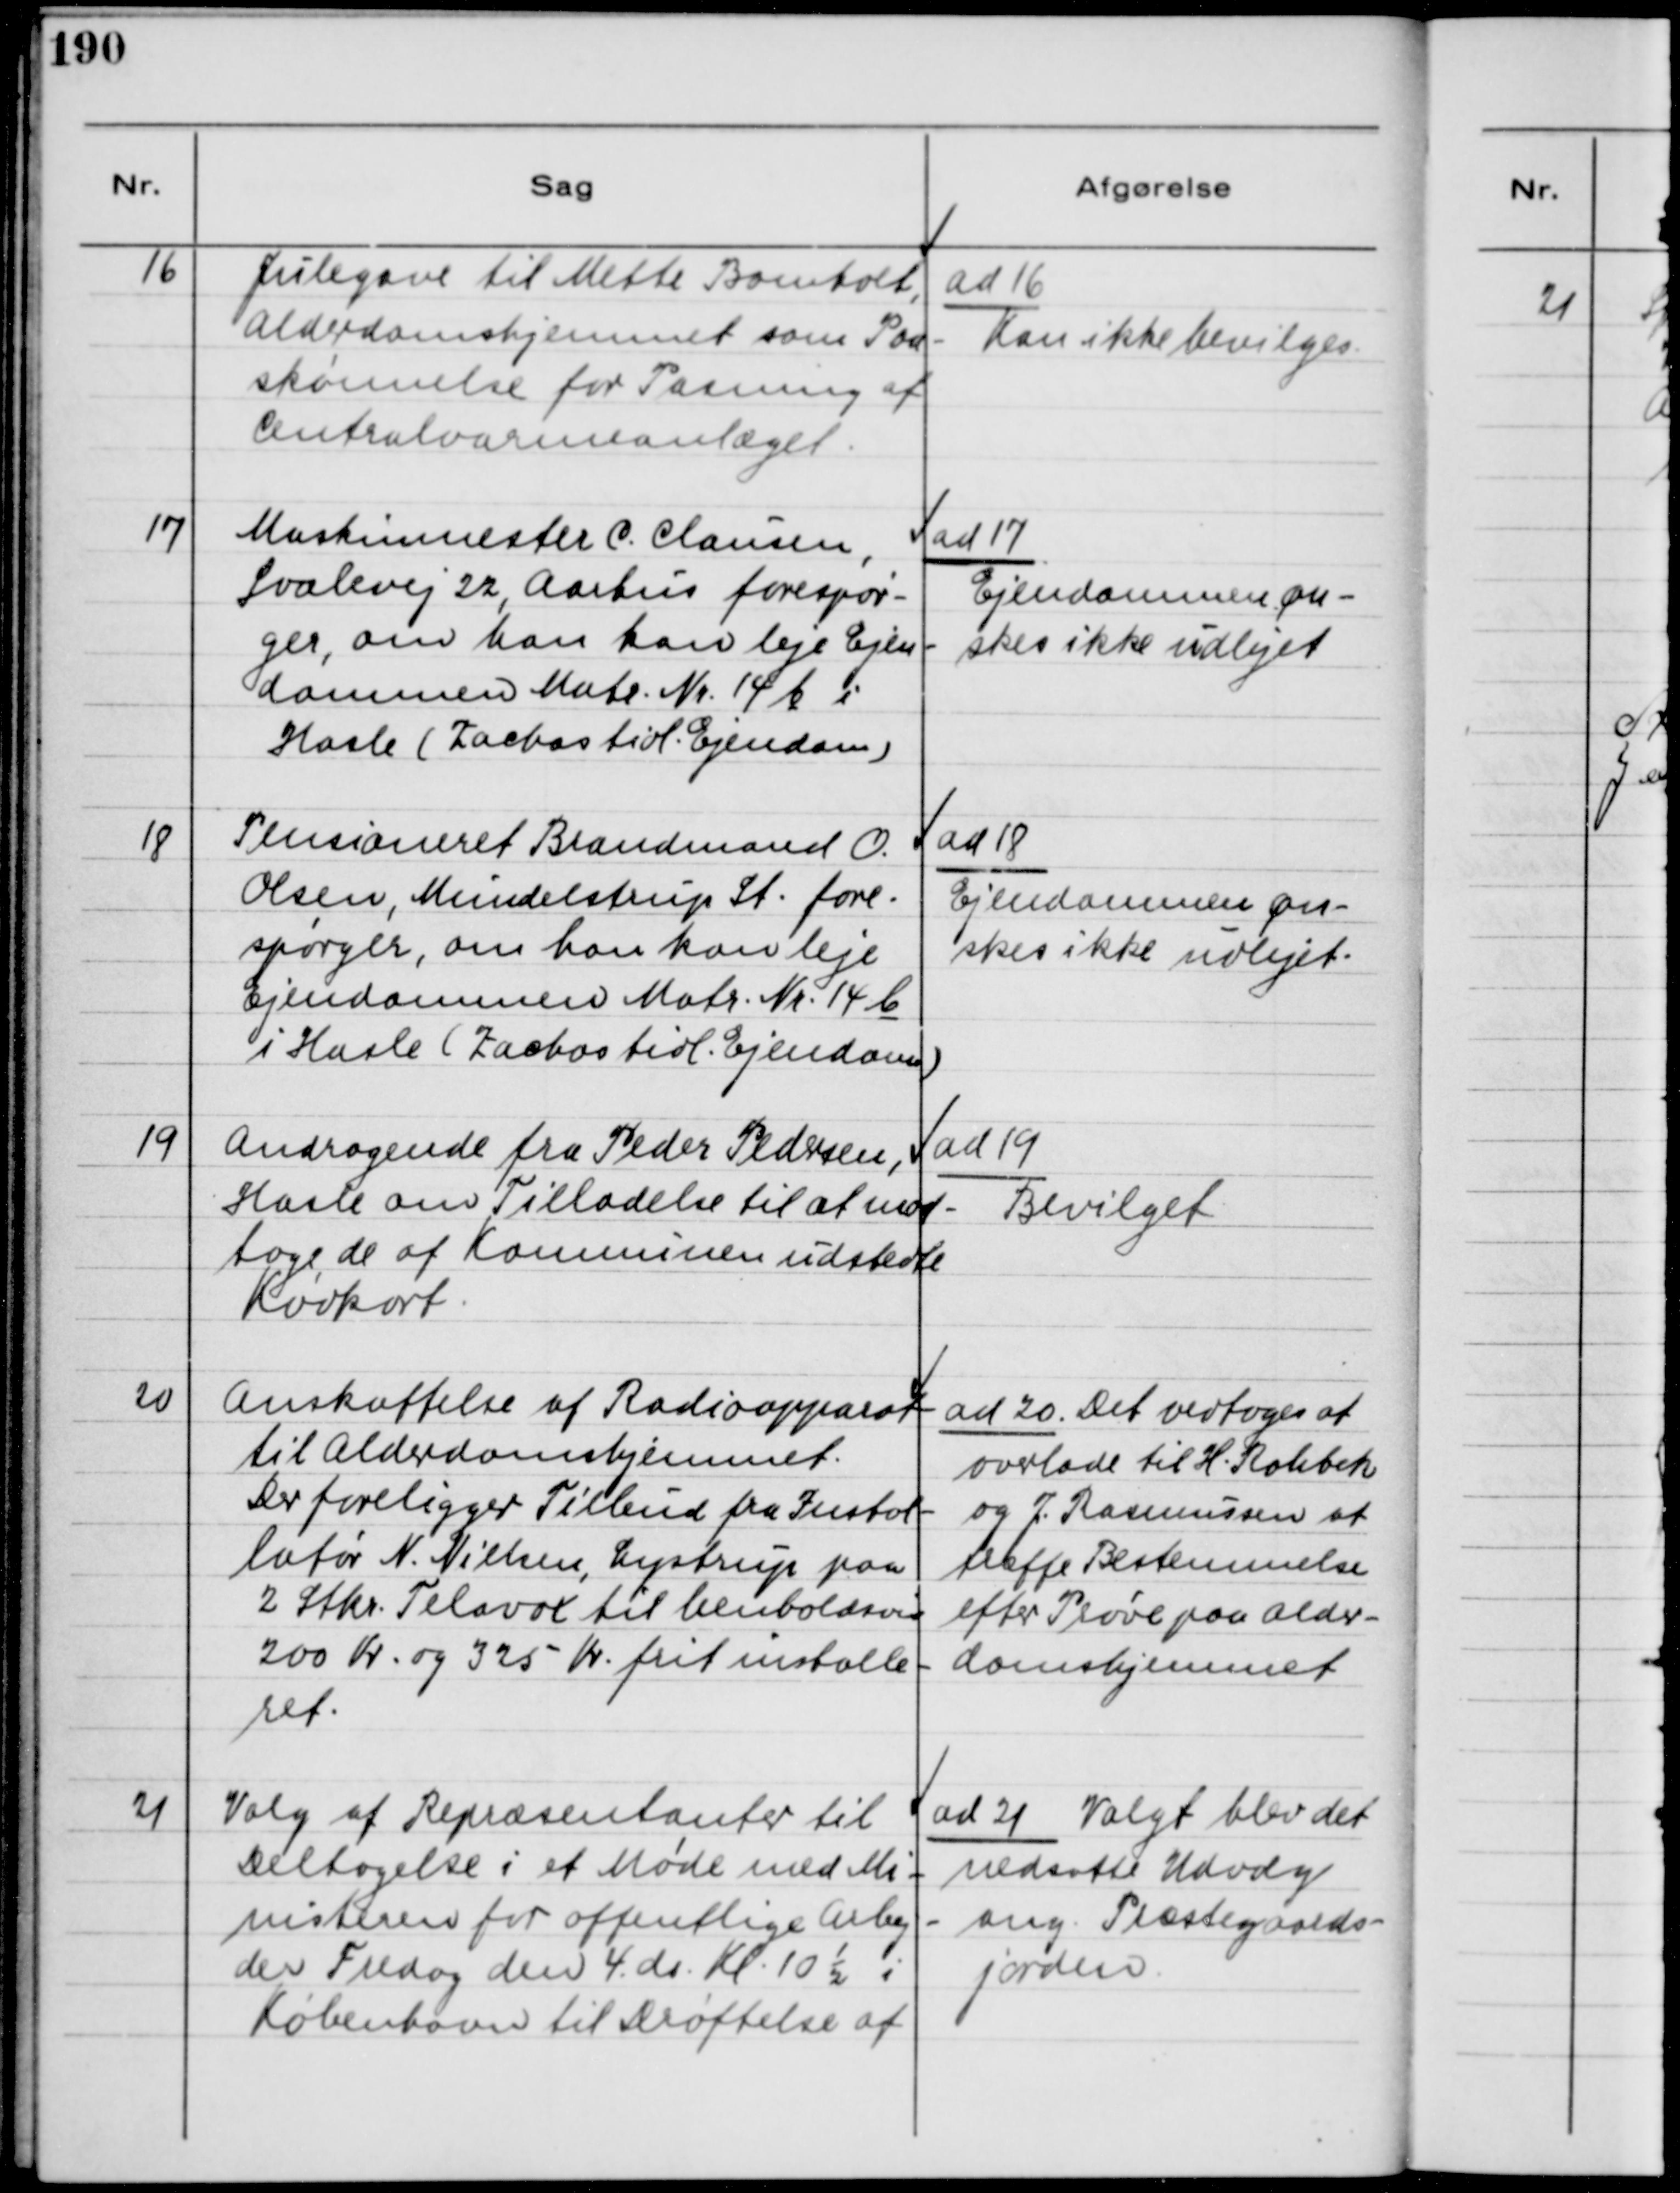
Transskription:
16
Julegave til Mette Bomholt,
Alderdomshjemmet som Paa-
skønnelse for Pasning af
Centralvarmeanlæget.
ad 16
Kan ikke bevilges.
17,
Maskinmester C. Clausen
Svalevej 22, Aarhus forespør-
ger, om han kan leje Ejen-
dommen Matr. Nr. 14 b i
Hasle (Zachos tidl. Ejendom)
ad 17
Ejendommen øn-
skes ikke udlejet
18
Pensioneret Brandmand O.
Olsen, Mundelstrup St. fore-
spørger, om han kan leje
Ejendommen Matr. Nr. 14 b
i Hasle (Zachos tidl. Ejendom)
ad 18
Ejendommen øn-
skes ikke udlejet.
19
Andragende fra Peder Pedersn,
Hasle om Tilladelse til at mod-
tage de af Kommunen udstedte
Kødkort.
ad 19
Bevilget
20
Anskaffelse af Radioapparat
til Alderdomshjemmet.
Der foreligger Tilbud fra Instal-
latør N. Nielsen, Lystrup paa
2 Stkr Telavox til henholdsvis
200 Kr. og 325 Kr. frit installe-
ret.
ad 20 Det vedtoges at
overlade til H. Rahbek
og J. Rasmussen at
træffe Bestemmelse
efter Prøve paa Alder-
domshjemmet.
21
Valg af Repræsentanter til
Detagelse i et Møde med Mi-
nisteren for offentlige Arbej-
der Fredag den 4. ds. Kl. 10 ½ i
København til Drøftelse af
ad 21 Valgt blev det
nedsatte Udvalg
ang. Præstegaards-
jorden